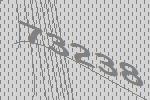
73238